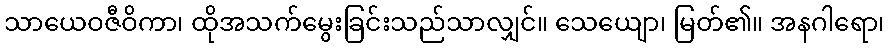
သာယေဝဇီဝိကာ၊ ထိုအသက်မွေးခြင်းသည်သာလျှင်။ သေယျော၊ မြတ်၏။ အနဂါရော၊